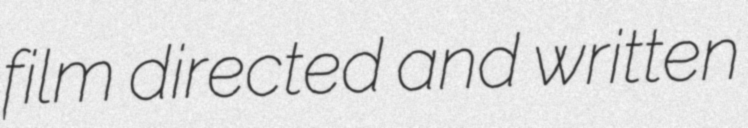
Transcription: film directed and written